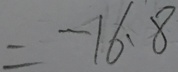
= - 1 6 . 8